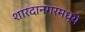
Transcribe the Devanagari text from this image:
शारदानगरमध्ये